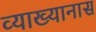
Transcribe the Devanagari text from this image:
व्याख्यानास